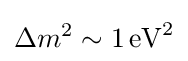
\Delta m^{2}\sim 1\,{\text{eV}}^{2}